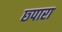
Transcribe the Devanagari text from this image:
छ्पारा